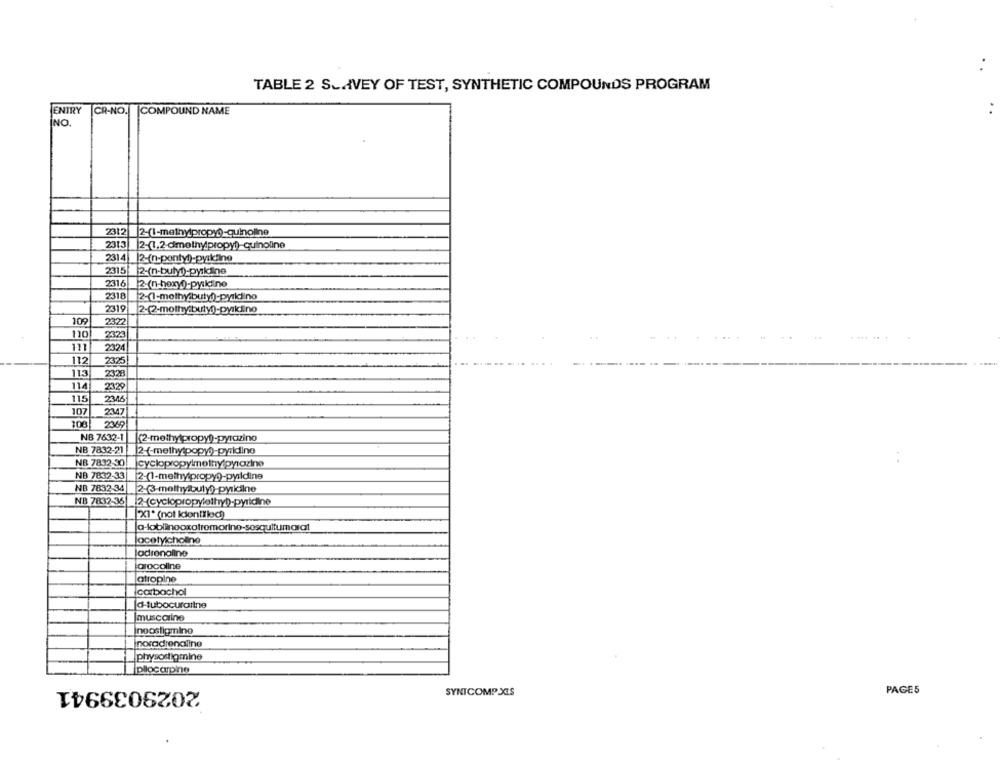
TABLE 2 SLAVEY OF TEST, SYNTHETIC COMPOUNDS PROGRAM
ENTRY
CR-NO. COMPOUND NAME
INO.
2312
2313
|2-(1,2-dimethylpropy!)-quinoline
2314| 2-(n-ponty))-pyilino
2315 2-(n-buty)-pyridine
2316
2318
2-(1-methy buty)-pyridino
2319
2-(2-mothy:buty)-pyikiino
105
2322
110
2323
111
2324
112
2325
113
2328
114
2329
115
2346
107
2347
108
2369
NB 7632-1
(2-methylpropy))-pyrazino
NB 7832-21 2 (-methy popy))-pyridino
NB 7832 30| |cyclopropylmethylpyrazine
NB 7832-33
2-(1-methytpropy))-pyridine
NB 7832-34
2-(3-methy buty))-pyridilne
NB 7832-36
2-(cyclopropylethy))-pyridine
a-loblinooxotromorino-sosquitumarat
acetylcholine
adrenaline
arocoline
atropine
carbachol
d-tubocuraitne
muscarine
neostigmine
noradrenaline
physostigmine
Ipilocarpine
2029039941
SYNICOMP XIS
PAGES